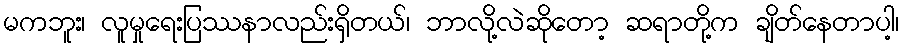
မကဘူး၊ လူမှုရေးပြဿနာလည်းရှိတယ်၊ ဘာလို့လဲဆိုတော့ ဆရာတို့က ချိတ်နေတာပါ့၊